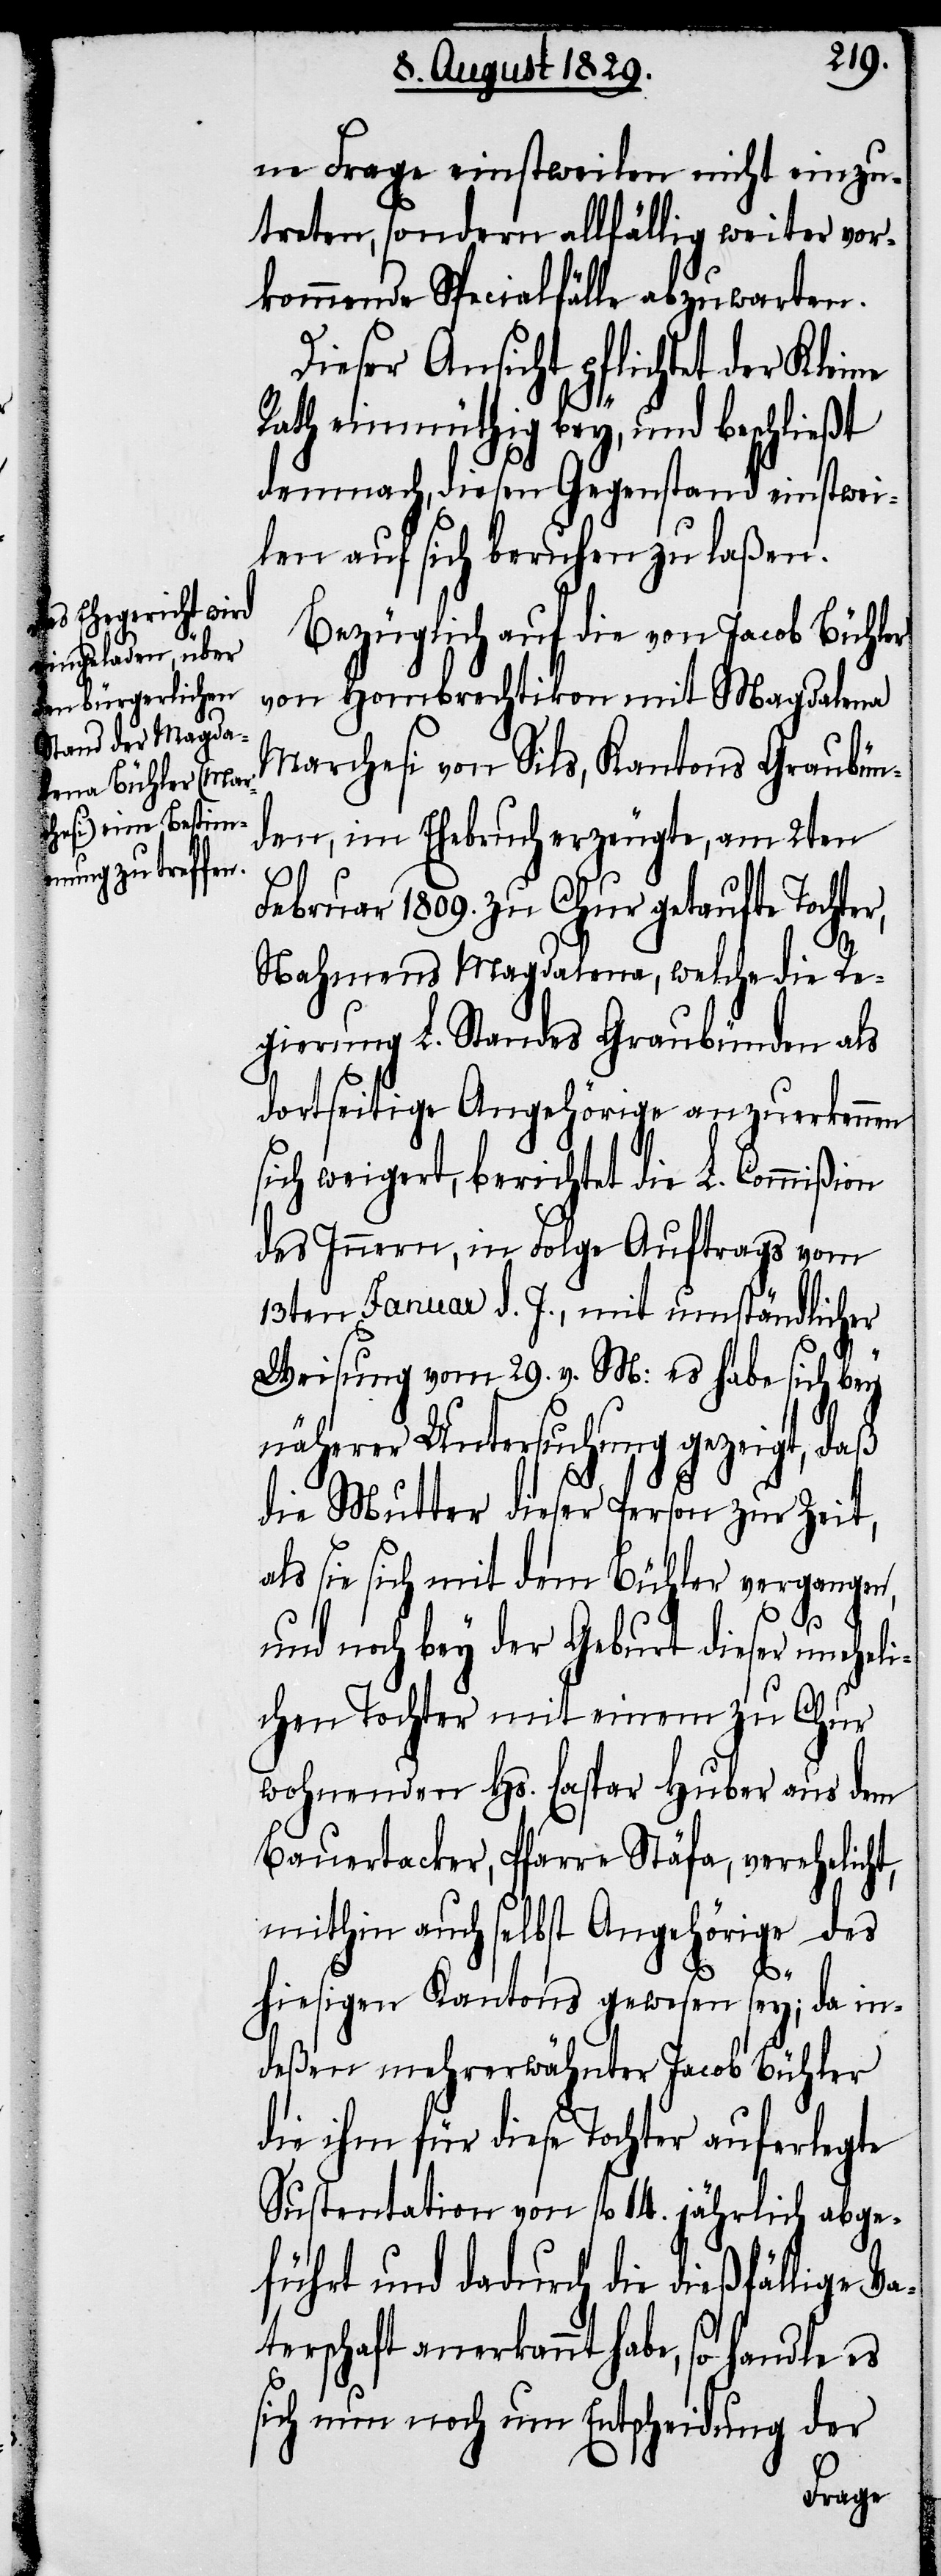
ne Frage einstweilen nicht einzu¬
treten, sondern allfällig weiter vor¬
kommende Specialfälle abzuwarten.
Dieser Ansicht pflichtet der Klei¬
Rath einmüthig bey, und beschließt
demnach, diesen Gegenstand einstwei¬
len auf sich beruhen zu laßen.
Bezüglich auf die von Jacob Bühler
von Hombrechtikon mit Magdalena
Marchesi von Sils, Kantons Graubün¬
den, im Ehebruch erzeugte, am 2ten
Februar 1809. zu Chur getaufte Tochte¬
Nahmens Magdalena, welche die Re¬
gierung L. Standes Graubünden als
dortseitige Angehörige anzuerkennen
sich weigert, berichtet die L. Commißion
des Innern, in Folge Auftrags vom
13ten Januar d. J., mit umständlicher
Weisung vom 29. v. M: es habe sich bey
näherer Untersuchung gezeigt, daß
die Mutter dieser Person zur Zeit,
als sie sich mit dem Bühler vergangen,
und noch bey der Geburt dieser unehel¬
ichen Tochter mit einem zu Chur
wohnenden Hs. Caspar Huber aus dem
Bauertacker, Pfarre Stäfa, verehelicht,
mithin auch selbst Angehörige des
r,
hiesigen Kantons gewesen sey; da in¬
deßen mehrerwähnter Jacob Bühler
die ihm für diese Tochter auferlegte
Sustentation von fl. 14. jährlich abge¬
führt und dadurch die dießfällige Va¬
terschaft anerkannt habe, so handle es
sich nun noch um Entscheidung der